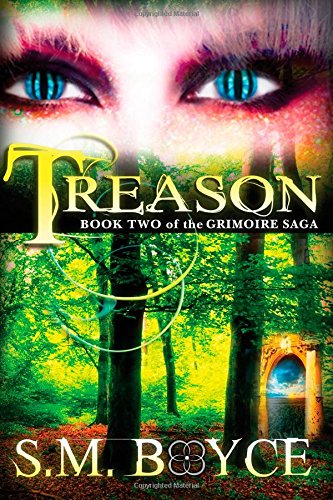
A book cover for Treason: Book Two of the Grimoire Saga (Volume 2); S. M. Boyce; Science Fiction & Fantasy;